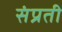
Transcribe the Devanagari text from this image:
संप्रती